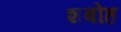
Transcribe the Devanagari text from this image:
शबोह